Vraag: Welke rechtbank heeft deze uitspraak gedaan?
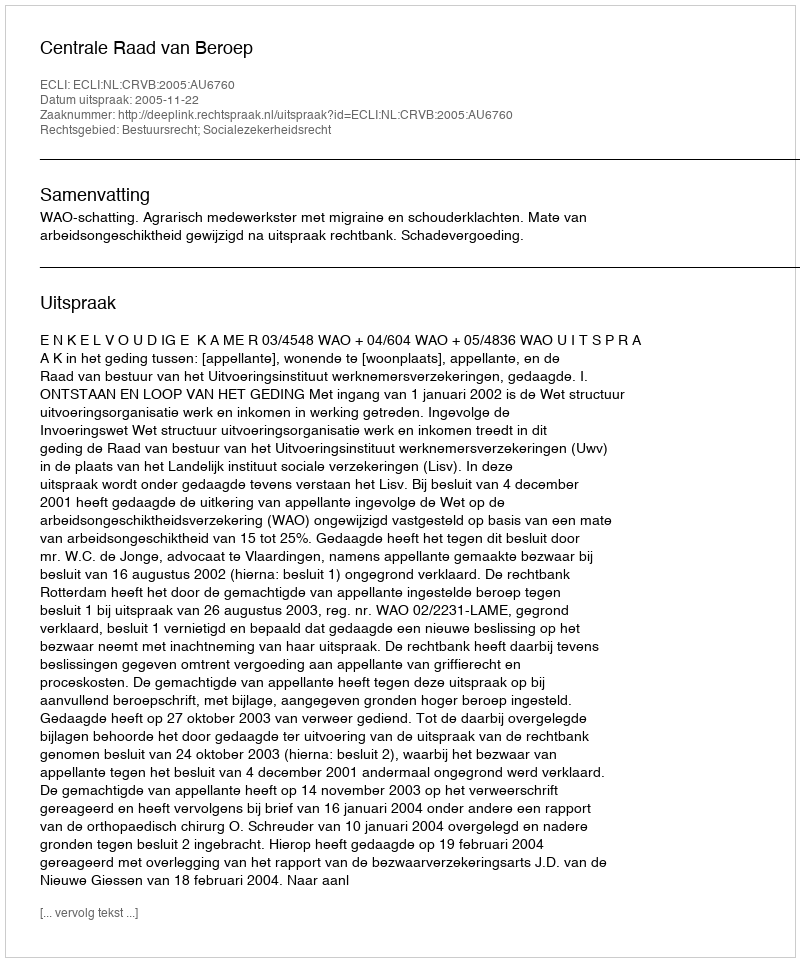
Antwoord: Centrale Raad van Beroep